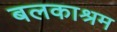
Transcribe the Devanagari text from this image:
बलकाश्रम